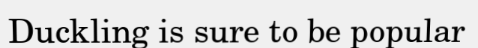
Duckling is sure to be popular